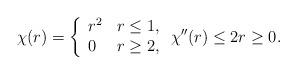
LaTeX: \begin{align*}\chi(r)= \left\{\begin{array}{ll}r^2 & r\leq 1, \\0 & r\geq 2,\end{array}\right. \chi''(r) \leq 2 r\geq 0.\end{align*}